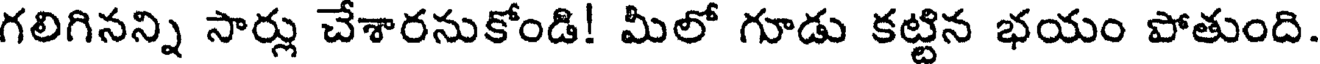
గలిగినన్ని సార్లు చేశారనుకోండి! మీలో గూడు కట్టిన భయం పోతుంది